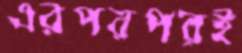
এরপরপরই